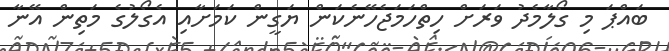
ބައްޕަ މި ގޯލާމެދު ވަރަށް ހިތްހަމަޖެހޭނެކަން ޔަގީން ކަމަށާއި އެގޯލުގެ މަތިން އޭނާ